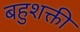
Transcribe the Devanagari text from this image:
बहुशक्ती